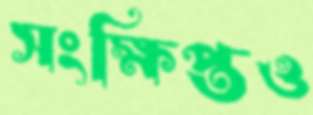
সংক্ষিপ্তও